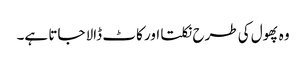
وہ پھول کی طرح نکلتا اور کاٹ ڈالا جاتا ہے۔